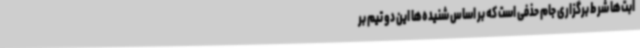
ابت‌ها شرط برگزاری جام حذفی است که بر اساس شنیده‌ها این دو تیم بر